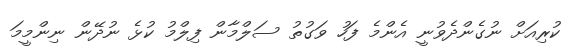
ކުރިއަށް ނުގެންދެވުނީ އެންމެ ފަހު ވަގުތު ސަލްމާން ފިލްމު ކުޅެ ނުދޭން ނިންމީމަ